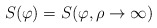
\begin{align*}S(\varphi )=S(\varphi ,\rho \rightarrow \infty )\end{align*}